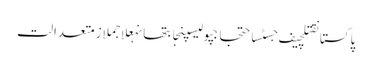
پاکستانقتلچیف جسٹساحتجاجپولیسپنجابتھانہعلاجملازمتعدالت